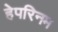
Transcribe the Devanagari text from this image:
हेपरिनम